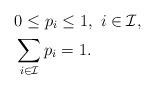
LaTeX: \begin{align*}&0\leq p_i\leq1,\ i\in \mathcal I,\\&\sum_{i\in \mathcal I}p_i=1.\end{align*}